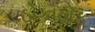
ઠોકાઠોક